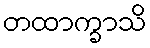
တထာက္ခာသိ